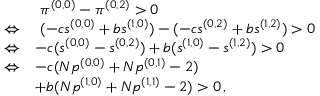
\begin{array} { r l } & { ~ \pi ^ { ( 0 , 0 ) } - \pi ^ { ( 0 , 2 ) } > 0 } \\ { \Leftrightarrow } & { ~ ( - c s ^ { ( 0 , 0 ) } + b s ^ { ( 1 , 0 ) } ) - ( - c s ^ { ( 0 , 2 ) } + b s ^ { ( 1 , 2 ) } ) > 0 } \\ { \Leftrightarrow } & { - c ( s ^ { ( 0 , 0 ) } - s ^ { ( 0 , 2 ) } ) + b ( s ^ { ( 1 , 0 ) } - s ^ { ( 1 , 2 ) } ) > 0 } \\ { \Leftrightarrow } & { - c ( N p ^ { ( 0 , 0 ) } + N p ^ { ( 0 , 1 ) } - 2 ) } \\ & { + b ( N p ^ { ( 1 , 0 ) } + N p ^ { ( 1 , 1 ) } - 2 ) > 0 \, , } \end{array}